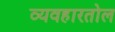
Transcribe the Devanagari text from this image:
व्यवहारतोल